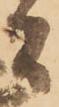
間